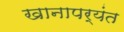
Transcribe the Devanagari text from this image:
खानापर्यंत